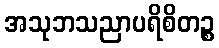
အသုဘသညာပရိစိတဉ္စ